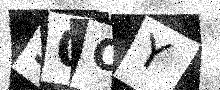
Text: 30OY